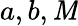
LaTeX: a,b,\mathit{M}